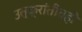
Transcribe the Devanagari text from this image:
उत्क्रांतीतही